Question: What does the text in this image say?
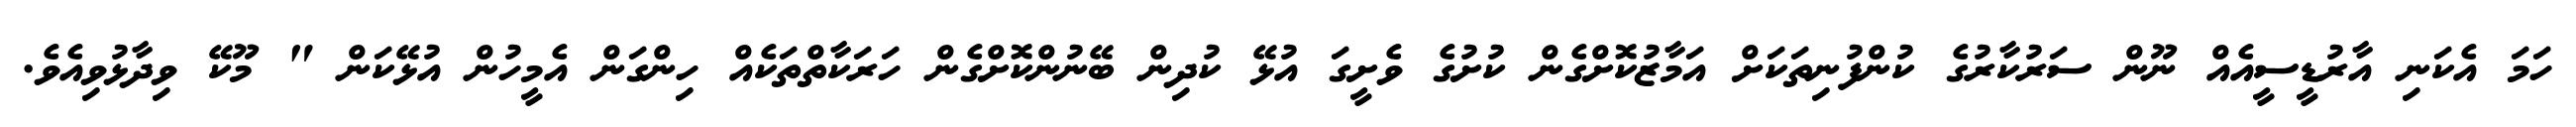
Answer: ހަމަ އެކަނި އާރުޑީސީއެއް ނޫން ސަރުކާރުގެ ކުންފުނިތަކަށް އަމާޒުކޮށްގެން ކުށުގެ ވެށީގަ އުޅޭ ކުދިން ބޭނުންކޮށްގެން ހަރަކާތްތަކެއް ހިންގަން އެމީހުން އުޅޭކަން " މޫކޭ ވިދާޅުވިއެވެ.